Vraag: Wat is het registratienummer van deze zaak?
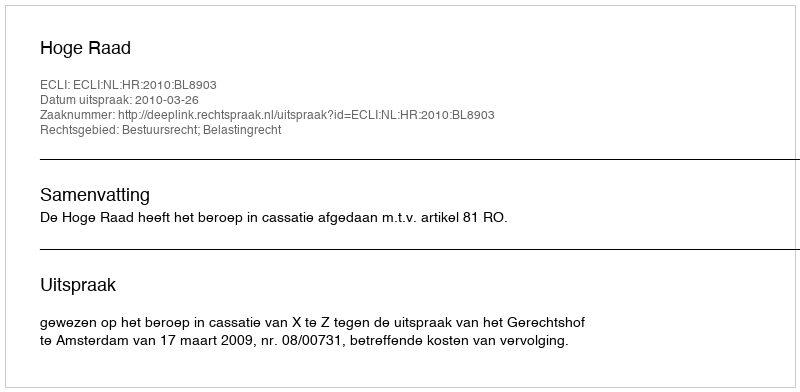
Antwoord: http://deeplink.rechtspraak.nl/uitspraak?id=ECLI:NL:HR:2010:BL8903